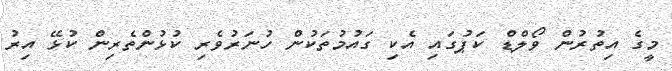
މީގެ އިތުރުން ވޯލްޑް ކަޕުގައި އެކި ގައުމުތަކުން ހުނަރުވެރި ކުޅުންތެރިން ކުޅޭ އިރު